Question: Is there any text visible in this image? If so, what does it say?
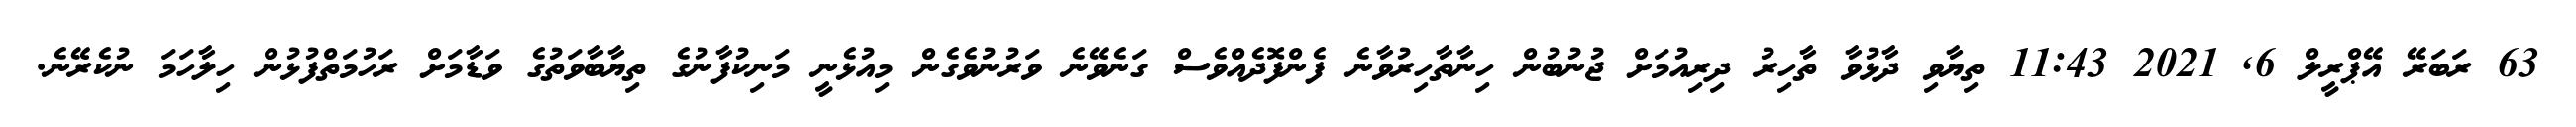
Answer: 63 ރަބަރޭ އޭޕްރީލް 6, 2021 11:43 ތިޔާވި ދާޅުވާ ތާހިރު ދިރިއުމަށް ޖުނުބުން ހިނާތާހިރުވާނެ ފެންފޮދެއްވެސް ގަނެވޭނެ ވަރުނުވެގެން މިއުޅެނީ މަނިކުފާނުގެ ތިޔާބާވަތުގެ ވަޑާމަށް ރަހުމަތްފުޅުން ހިލާހަމަ ނުކެރޭނެ.